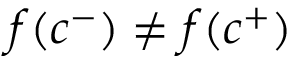
f ( c ^ { - } ) \neq f ( c ^ { + } )